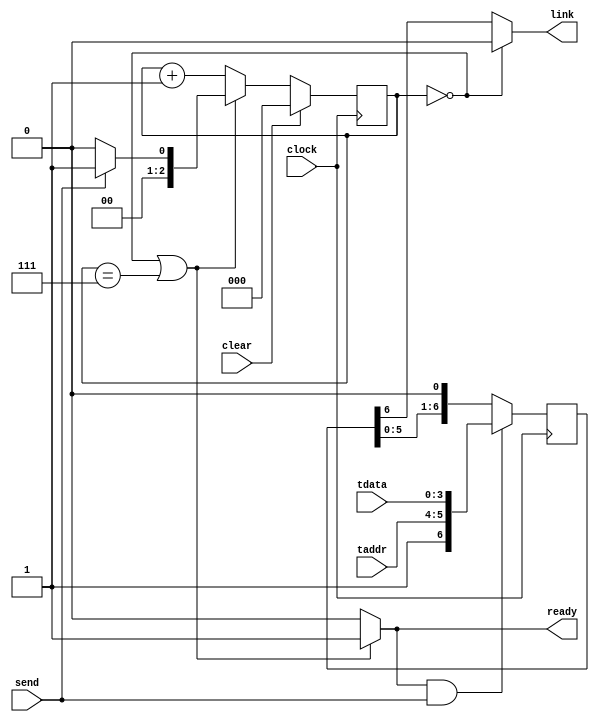
// EE 361 Homework 7 Problem B
// 
// Name:  <Your First and Last Name>
// Date:  <Today's Date>

//--------------------------------------------------------------------------

// Transmitter circuit

module Transmitter(link,ready,clock,taddr,tdata,send,clear);

output link; // connected to the communication link
output ready; // indicates when it is ready to load a new packet
input clock;
input [1:0] taddr;
input [3:0] tdata;
input send;
input clear;  // clear input.  clears the state to 0.

reg [6:0] buffer; // packet to be transmitted

reg [2:0] state;  // state of the transmitter
   //  0 = waiting to transmit
   //  1 = transmitting start bit
   //  2 = transmitting bit 5
   //  3 = transmitting bit 4, 
   //    ...   etc
   //  7 = transmitting bit 0, last bit
				  
reg ready; // output indicating when the transmitter is ready
           //  Note that ready = 1 when state = 0 or state = 7,
           //  i.e., the circuit is waiting or is transmitting
           //  its last bit.
reg link;  // output of the Transmitter to the link




always @(posedge clock) // update state
   begin
   if (clear==1) state <= 0;
   else
      begin // This is what the circuit normally does
      if (state==0 || state==7) // ready to load a new packet
         begin
         if (send==1) state <= 1;
	     else state <= 0;
         end
      else state <= state+1; // Transmitting bits
      end
   end


// ready output indicates when waiting or transmitting the last bit
always @(state) 
   begin
   if (state==0 || state==7) ready = 1;
   else ready = 0;
   end
	

// Update buffer.  Normally the buffer shifts bits out.  But when
// ready = 1 and send = 1 then it loads a new packet.
always @(posedge clock) // update buffer
   begin
   if (ready==1 && send==1)
      buffer <= {1'b1,taddr,tdata}; // load new packet into buffer
   else buffer <= buffer << 1;   // shift the next bit out
   end

always @(state) // update output to link.  
   begin
   if (state==0) link = 0; // nothing to send
   else link = buffer[6];
   end



endmodule


//-------------------------------------------------------------------

// Receiver circuit

module Receiver(rcdata,new,clock,link,rcaddr,clear);

output [3:0] rcdata;
output new;
input clock;
input link;
input [1:0] rcaddr;
input clear;        // clear input.  clears state to 0

reg [2:0] state; // state of the receiver
   //  0 = waiting for the start bit
   //  1 = received start bit
   //  2 = received bit 5 [addr]
   //  3 = received bit 4 [addr]
   //  4 = received bit 3 [data]
   //  5 = received bit 2 [data]
   //  6 = received bit 1 [data], 
   //        and about to receive the last bit
   //  7 = received bit 0 [data], last bit

reg [5:0] buffer; // input buffer that shifts in packet from link.  
			      //    the last 6 bits received from the link

reg [3:0] rcdata; // connected to the output port
reg new;		  // connected to the output port


// Update the state counter.  Note a new packet can be received if
// state = 0 (receiver is idle) or state = 7 (receiver is receiving
// the last bit of the old packet.
always @(posedge clock) 
   begin
   if (clear==1) state <= 0;
   else
      begin
      if (state==0 || state==7) // ready to receive new packet
         begin
         if (link==1) state <=1; // if incoming bit is a start bit, go to state 1
         else state <= 0;        // else go to state 0
         end
      else state <= state+1;  // in the process of receiving a packet
      end	
   end


//  Shifts a bit from the link into the buffer

always @(posedge clock) buffer <= {buffer[4:0],link};
	
// When the circuit reaches state 7 (completely receives packet), it checks
// whether the packet has the address "rcaddr".  During state 7, the addr
// and data field of the packet is in the buffer.  In other words,
//
// buffer[5:0] = {addr[1:0],data[3:0]}
//
// I.e., during state 7, buffer[5:4] = addr and buffer[3:0] = data
//
// So during state 7, if buffer[5:4] == rcaddr (the receiver's address) then
// buffer[3:0] should be loaded into rcdata.  Also "new" should become "1" to
// indicate new data. 
//

always @(posedge clock) // update rcdata
   begin
   if (state==7 && buffer[5:4]==rcaddr) rcdata <= buffer[3:0];
   end

always @(posedge clock)
   begin
   if (state==7 && buffer[5:4]==rcaddr) new <= 1;
   else new <= 0;
   end

endmodule



//--------------------------------------------------------------------------

// Register file that has four 4-bit registers


module RegFile(rfdata,clock,waddr,rfaddr,wdata,write);

output [3:0] rfdata;  // read data
input clock;
input [1:0] waddr;  // write address
input [1:0] rfaddr; // read address
input [3:0] wdata;  // write data
input write;        // write enable


reg [3:0] regcell[0:3]; // Register array that's 4-bits wide

assign rfdata = regcell[rfaddr]; // Output read data

always @(posedge clock)  // Write to the register file
   if (write==1) regcell[waddr]=wdata;


endmodule



//-------------------------------------------------------------------------

// RfileReceiver circuit
// Your assignment is to design this module.  Delete the lines with
// prefix ***.  
//

module RfileReceiver(waddr,wdata,write,clock,link,clear);

output [1:0] waddr; // used to control register file
output [3:0] wdata; // used to tranfer data to register file
output write;	    // write enable to register file
input  clock;
input  link;	    // input from serial link from transmitter
input  clear;


	reg [2:0] state; // state of the receiver
   	//  0 = waiting for the start bit
   	//  1 = received start bit
   	//  2 = received bit 5 [addr]
   	//  3 = received bit 4 [addr]
   	//  4 = received bit 3 [data]
   	//  5 = received bit 2 [data]
   	//  6 = received bit 1 [data], 
   	//        and about to receive the last bit
   	//  7 = received bit 0 [data], last bit

	reg [1:0] waddr;
	reg [3:0] wdata;
	reg write;
	reg [5:0] buffer;
// Update the state counter.  Note a new packet can be received if
// state = 0 (receiver is idle) or state = 7 (receiver is receiving
// the last bit of the old packet.
always @(posedge clock) 
   begin
   if (clear==1) state <= 0;
   else
      begin
      if (state==0 || state==7) // ready to receive new packet
         begin
         if (link==1) state <= 1; // if incoming bit is a start bit, go to state 1
		else state <= 0;        // else go to state 0
		 end		
      else state <= state+1;  // in the process of receiving a packet
      end	
	end

always @(posedge clock) buffer <= {buffer[4:0],link};
	
always @(posedge clock) // update rcdata
   begin
   if (state==7) waddr <= buffer[5:4];
   end

always @(posedge clock)
   	begin
   	if (state == 7) wdata <= buffer[3:0];
 	if(state == 7) write <= 1;	
	end

endmodule